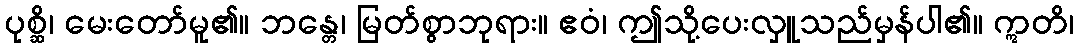
ပုစ္ဆိ၊ မေးတော်မူ၏။ ဘန္တေ၊ မြတ်စွာဘုရား။ ဧဝံ၊ ဤသို့ပေးလှူသည်မှန်ပါ၏။ ဣတိ၊